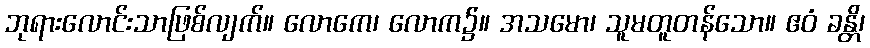
ဘုရားလောင်းသာဖြစ်လျက်။ လောကေ၊ လောက၌။ အသမော၊ သူမတူတန်သော။ ဧဝံ ခန္တိ၊